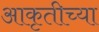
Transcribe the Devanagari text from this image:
आकृतीच्या